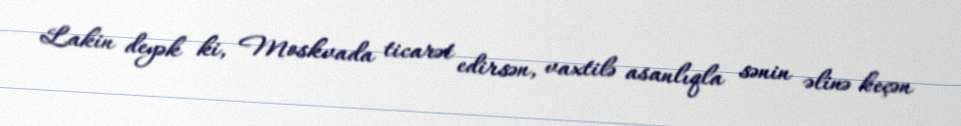
Lakin deyək ki, Moskvada ticarət edirsən, vaxtilə asanlıqla sənin əlinə keçən